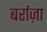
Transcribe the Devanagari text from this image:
बर्राज़ा